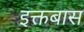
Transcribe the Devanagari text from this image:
इक्तबास